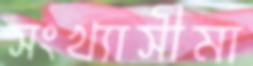
সংখ্যাসীমা